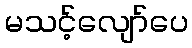
မသင့်လျော်ပေ